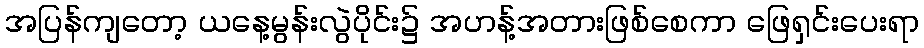
အပြန်ကျတော့ ယနေ့မွန်းလွဲပိုင်း၌ အဟန့်အတားဖြစ်စေကာ ဖြေရှင်းပေးရာ